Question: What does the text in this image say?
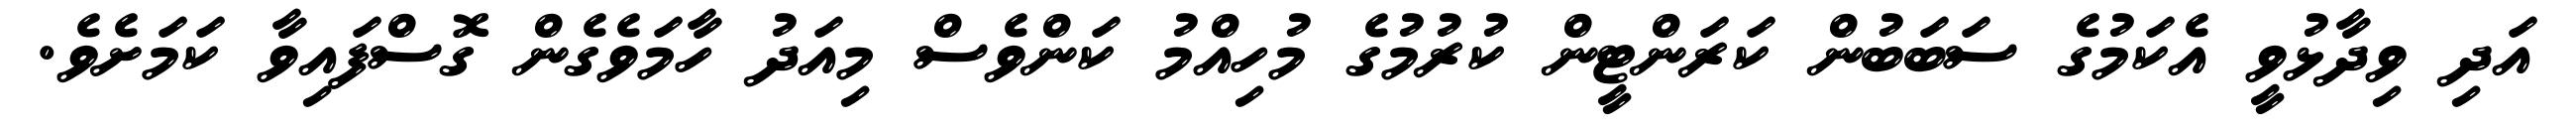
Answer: އަދި ވިދާޅުވީ އެކަމުގެ ސަބަބުން ކަރަންޓީން ކުރުމުގެ މުހިއްމު ކަންވެސް މިއަދު ހާމަވެގެން ގޮސްފައިވާ ކަމަށެވެ.